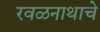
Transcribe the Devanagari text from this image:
रवळनाथाचे